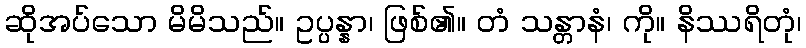
ဆိုအပ်သော မိမိသည်။ ဥပ္ပန္နာ၊ ဖြစ်၏။ တံ သန္တာနံ၊ ကို။ နိဿရိတုံ၊